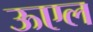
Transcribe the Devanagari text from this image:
ऊएल